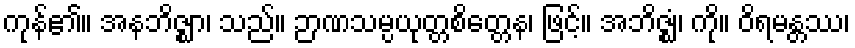
ကုန်၏။ အနဘိဇ္ဈာ၊ သည်။ ဉာဏသမ္ပယုတ္တစိတ္တေန၊ ဖြင့်။ အဘိဇ္ဈံ၊ ကို။ ဝိရမန္တဿ၊